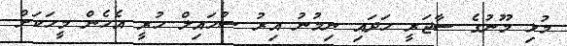
މުޅި މޫނުގެ ސާޖަރީ ހަދައި ނިމުނު އިރު ސުހައިލް ހުރީ އެހެން މީހަކަށް